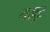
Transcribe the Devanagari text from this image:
यज़ूर